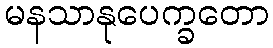
မနသာနုပေက္ခတော